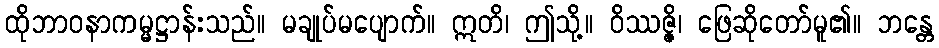
ထိုဘာဝနာကမ္မဋ္ဌာန်းသည်။ မချုပ်မပျောက်။ ဣတိ၊ ဤသို့။ ဝိဿဇ္ဇိ၊ ဖြေဆိုတော်မူ၏။ ဘန္တေ